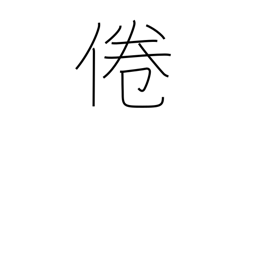
Meaning: lose interest in